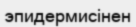
эпидермисінен